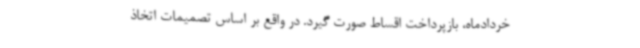
خردادماه، بازپرداخت اقساط صورت گیرد. در واقع بر اساس تصمیمات اتخاذ